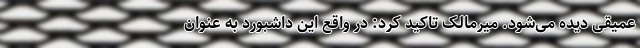
عمیقی دیده می‌شود. میرمالک تاکید کرد: در واقع این داشبورد به عنوان